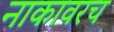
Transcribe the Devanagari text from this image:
नाकावरच